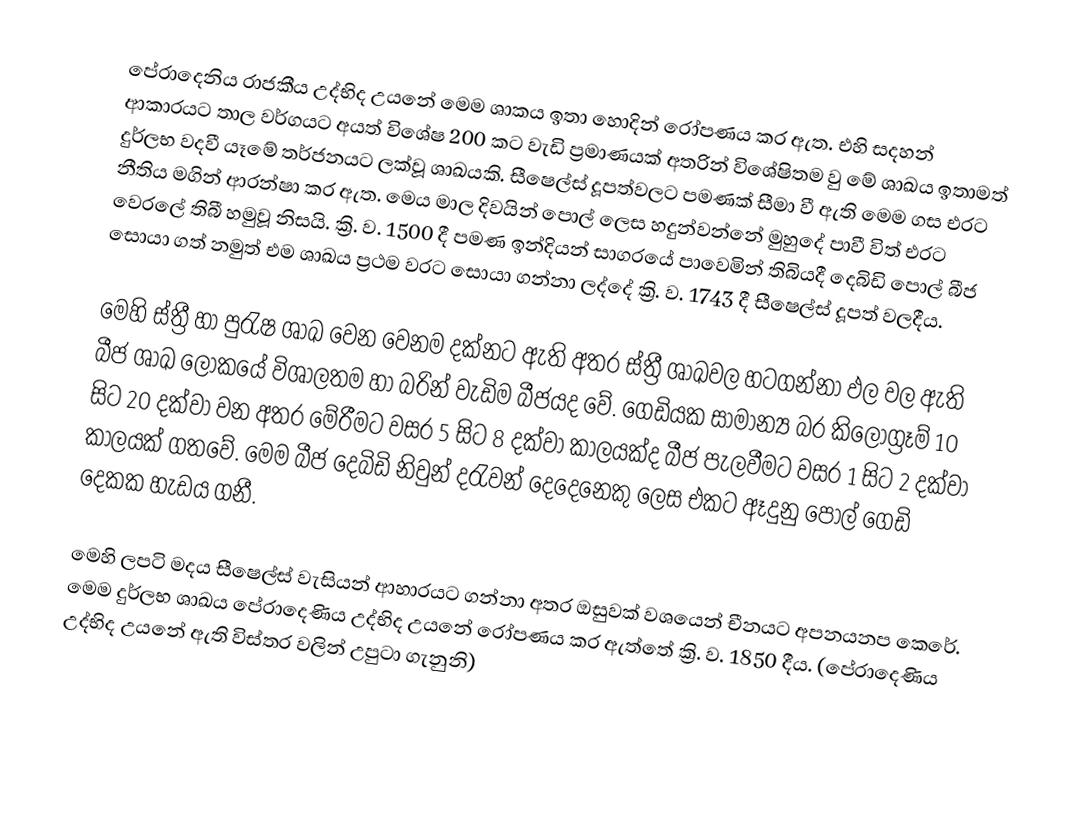
පේරාදෙනිය රාජකීය උද්භිද උයනේ මෙම ශාකය ඉතා හො‍දින් රෝපණය කර ඇත. එහි සදහන් ආකාරයට තාල වර්ගයට අයත් විශේෂ 200 කට වැඩි ප්‍රමාණයක් අතරින් විශේෂිතම වු මේ ශාඛය ඉතාමත් දුර්ලභ වදවී යෑමේ තර්ජනයට ලක්වූ ශාඛයකි. සීෂෙල්ස් දූපත්වලට පමණක් සීමා වී ඇති මෙම ගස එරට නීතිය මගින් ආරන්ෂා කර ඇත. මෙය මාල දිවයින් පොල් ලෙස හදුන්වන්නේ මුහුදේ පාවී විත් එරට වෙරලේ තිබී හමුවූ නිසයි. ක්‍රි. ව. 1500 දී පමණ ඉන්දියන් සාගරයේ පාවෙමින් තිබියදී දෙබිඩි පොල් බීජ සොයා ගත් නමුත් එම ශාඛය ප්‍රථම වරට සොයා ගන්නා ලද්දේ ක්‍රි. ව. 1743 දී සීෂෙල්ස් දූපත් වලදීය.

මෙහි ස්ත්‍රී හා පුරැෂ ශාඛ වෙන වෙනම දක්නට ඇති අතර ස්ත්‍රී ශාඛවල හටගන්නා ඵල වල ඇති බීජ ශාඛ ලෝකයේ විශාලතම හා බරින් වැඩිම බීජයද වේ. ගෙඩියක සාමාන්‍ය බර කිලෝග්‍රෑම් 10 සිට 20 දක්වා වන අතර මේරීමට වසර 5 සිට 8 දක්වා කාලයක්ද බීජ පැලවීමට වසර 1 සිට 2 දක්වා කාලයක් ගතවේ. මෙම බීජ දෙබිඩි නිවුන් දරැවන් දෙදෙනෙකු ලෙස එකට ඈදුනු පොල් ගෙඩි දෙකක හැඩය ගනී.

මෙහි ලපටි මදය සීෂෙල්ස් වැසියන් ආහාරයට ගන්නා අතර ඔසුවක් වශයෙන් චීනයට අපනයනප කෙරේ. මෙම දුර්ලභ ශාඛය පේරාදෙණිය උද්භිද උයනේ රෝපණය කර ඇත්තේ ක්‍රි. ව. 1850 දීය. (පේරාදෙණිය උද්භිද උයනේ ඇති විස්තර වලින් උපුටා ගැනුනි)